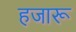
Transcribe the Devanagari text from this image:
हजारू